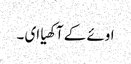
اوئے کے آکھیا ای ۔